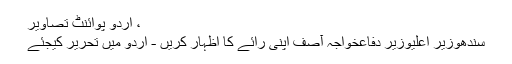
، اُردو پوائنٹ تصاویر
سندھوزیر اعلیٰوزیر دفاعخواجہ آصف اپنی رائے کا اظہار کریں - اُردو میں تحریر کیجئے